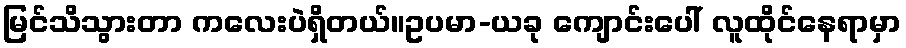
မြင်သိသွားတာ ကလေးပဲရှိတယ်။ဥပမာ-ယခု ကျောင်းပေါ် လူထိုင်နေရာမှာ